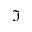
\Im